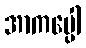
အာကပ္ပေါ